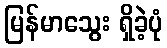
မြန်မာသွေး ရှိခဲ့ပုံ